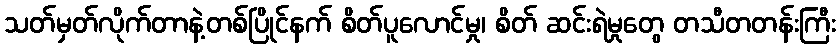
သတ်မှတ်လိုက်တာနဲ့တစ်ပြိုင်နက် စိတ်ပူလောင်မှု၊ စိတ် ဆင်းရဲမှုတွေ တသီတတန်းကြီး